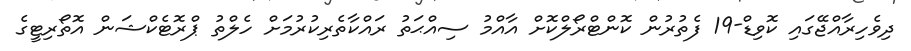
ދިވެހިރާއްޖޭގައި ކޮވިޑް-19 ފެތުރުން ކޮންޓްރޯލްކޮށް އާއްމު ސިއްޙަތު ރައްކާތެރިކުރުމަށް ހެލްތު ޕްރޮޓެކްޝަން އޮތޯރިޓީގެ